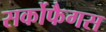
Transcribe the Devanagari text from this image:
सर्कोफैगस